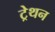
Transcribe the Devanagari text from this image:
ट्रेथन